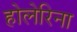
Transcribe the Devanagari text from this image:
होलेरिना